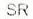
SR